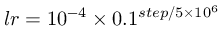
l r = 1 0 ^ { - 4 } \times 0 . 1 ^ { s t e p / 5 \times 1 0 ^ { 6 } }